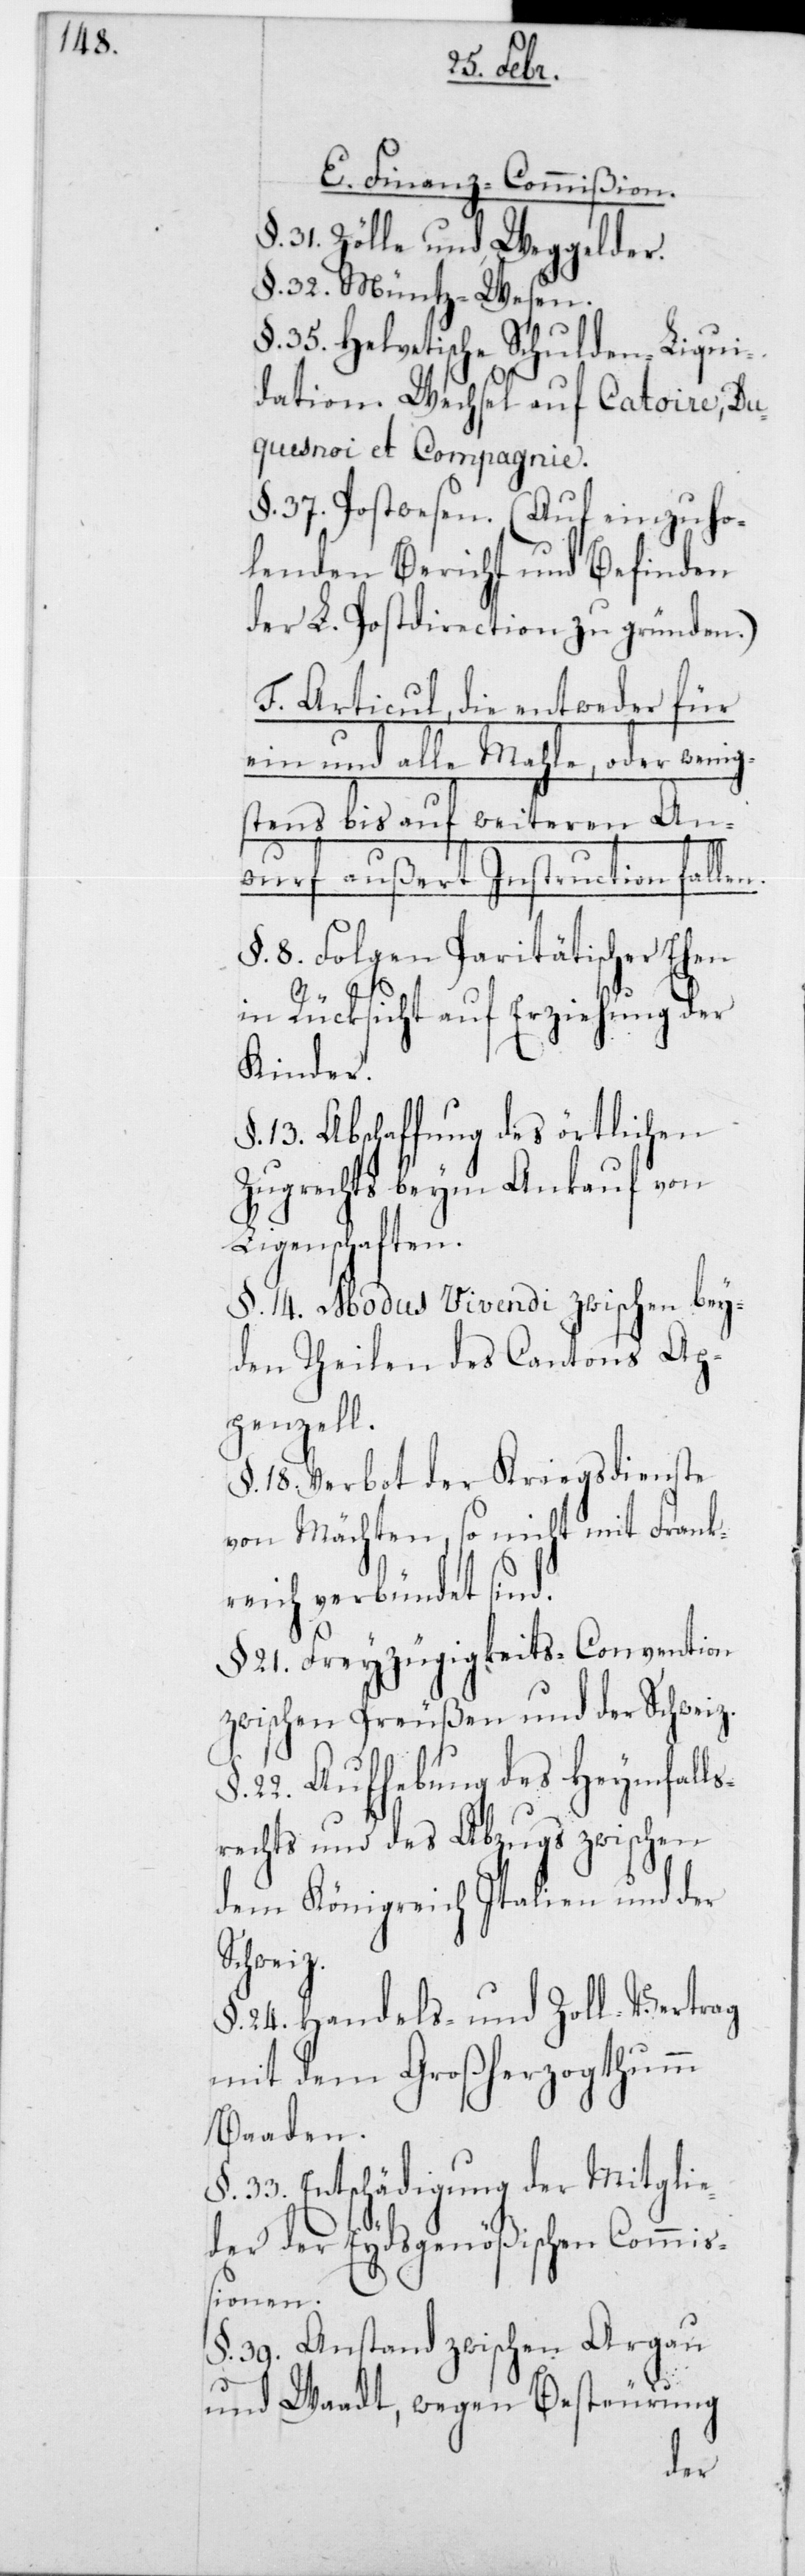
E. Finanz-Commißion.
§ 31. Zölle und Weggelder.
§ 32. Müntz-Wesen.
§ 35. Helvetische Schulden-Liqui¬
dation. Wechsel auf Catoire, Du¬
quesnoy et Compagnie.
§ 37. Postwesen. (Auf einzuho¬
lenden Bericht und Befinden
der L. Postdirection zu gründen.)
F. Articul, die entweder für
ein und alle Mahle, oder wenig¬
stens bis auf weiteren An¬
wurf außert Instruction fal¬
§ 8. Folgen Paritätischer Ehen
in Rücksicht auf Erziehung der
Kinder.
§ 13. Abschaffung des örtlichen
Zugrechts beym Ankauf von
Liegenschaften.
§ 14. Modus Vivendi zwischen bey¬
den Theilen des Cantons Ap¬
penzell.
§ 18. Verbot der Kriegsdienste
von Mächten, so nicht mit Frank¬
reich verbündet sind.
§ 21. Freyzügigkeits-Convention
zwischen Preußen und der Schweiz.
§ 22 Aufhebung des Heimfalls¬
recht und des Abzugs zwischen
dem Königreich Italien und der
Schweiz.
§ 24. Handels- und Zoll-Vertrag
mit dem Großherzogthum
Baaden.
§ 33. Entschädigung der Mitglie¬
der der Eydsgenößischen Commiß¬
ionen.
§ 39. Anstand zwischen Aargau
und Waadt, wegen Besteurung
len.